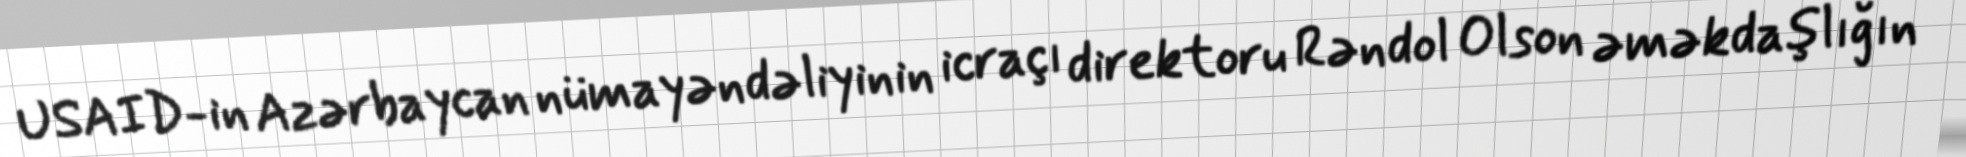
USAID-in Azərbaycan nümayəndəliyinin icraçı direktoru Rəndol Olson əməkdaşlığın